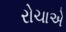
રોચાએ